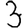
Digit: 3